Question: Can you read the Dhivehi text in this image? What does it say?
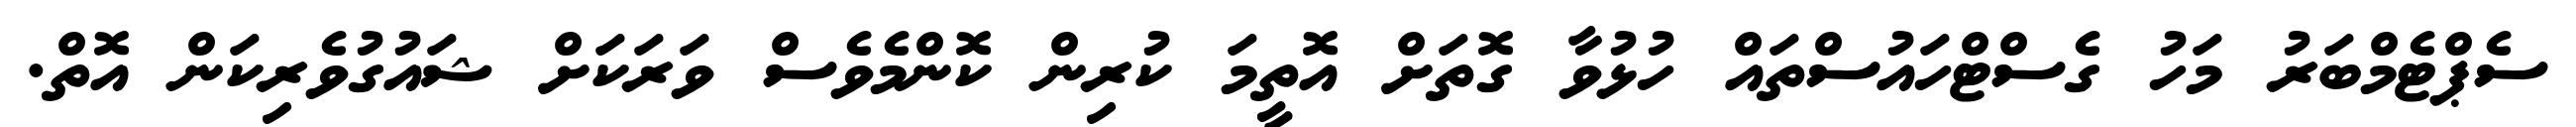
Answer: ސެޕްޓެމްބަރު މަހު ގެސްޓްހައުސްތައް ހުޅުވާ ގޮތަށް އޮތީމަ ކުރިން ކޮންމެވެސް ވަރަކަށް ޝައުގުވެރިކަން އޮތް.